Annual report of the Camel Specialist
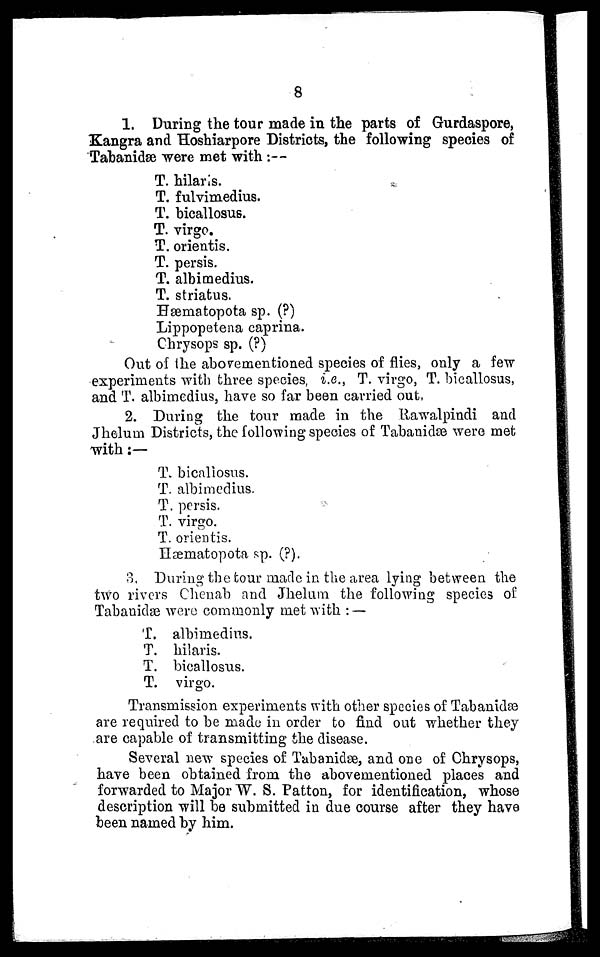
8
1. During the tour made in the parts of Gurdaspore,
Kangra and Hoshiarpore Districts, the following species of
Tabanidæ were met with :—
T. hilaris.
T. fulvimedius.
T. bicallosus.
T. virgo.
T. orientis.
T. persis.
T. albimedius.
T. striatus.
Hæmatopota sp. (?)
Lippopetena caprina.
Chrysops sp. (?)
Out of the abovementioned species of flies, only a few
experiments with three species, i.e., T. virgo, T. bicallosus,
and T. albimedius, have so far been carried out,
2. During the tour made in the Rawalpindi and
Jhelum Districts, the following species of Tabanidæ were met
with :—
T. bicallosus.
T. albimedius.
T. persis.
T. virgo.
T. orientis.
Hæmatopota sp. (?).
3. During the tour made in the area lying between the
two rivers Chenab and Jhelum the following species of
Tabanidæ were commonly met with : —
T. albimedius.
T. hilaris.
T. bicallosus.
T. virgo.
Transmission experiments with other species of Tabanidæ
are required to be made in order to find out whether they
are capable of transmitting the disease.
Several new species of Tabanidæ, and one of Chrysops,
have been obtained from the abovementioned places and
forwarded to Major W. S. Patton, for identification, whose
description will be submitted in due course after they have
been named by him.